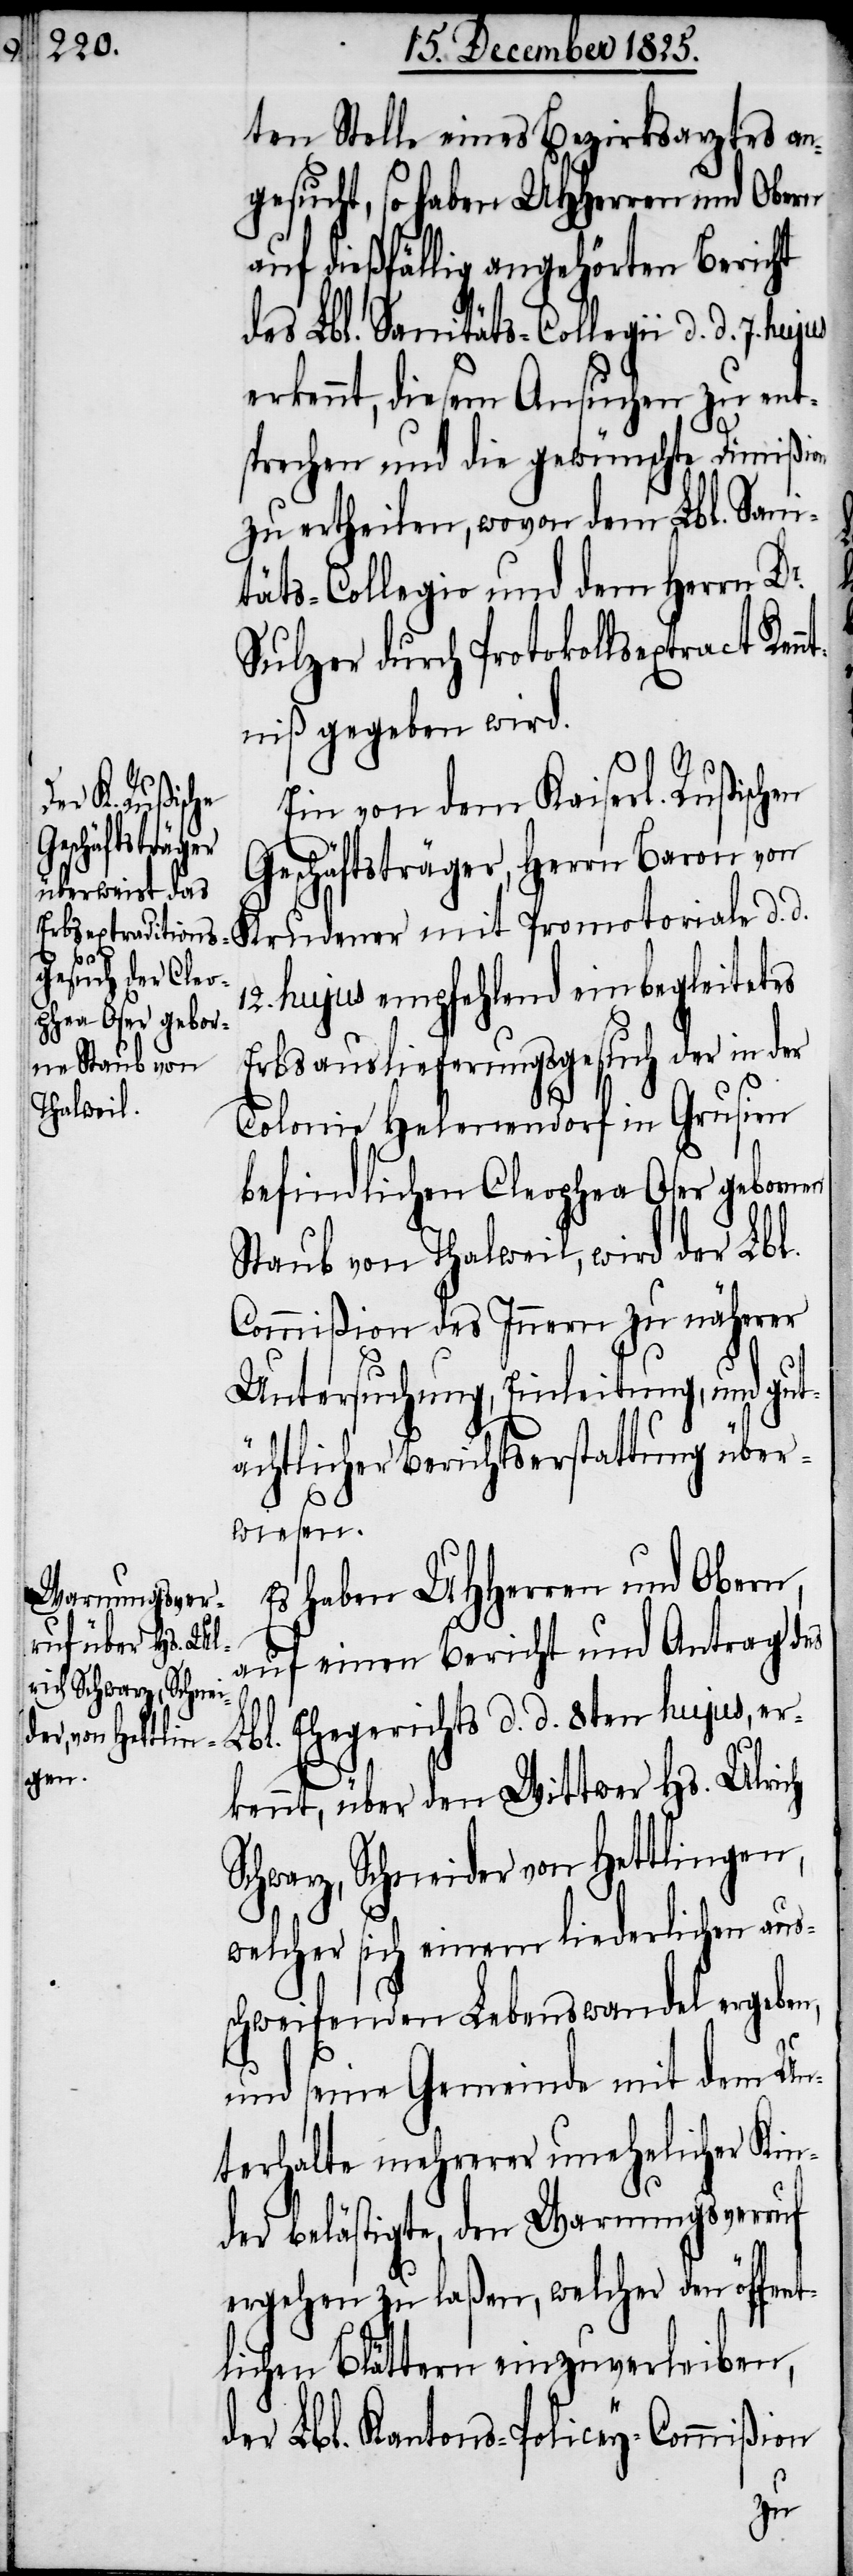
ten Stelle eines Bezirksarztes an¬
gesucht, so haben UHHerren und Obern
auf dießfällig angehörten Bericht
des Lbl. Sanitäts-Collegii d. d. 7.
erkennt, diesem Ansuchen zu ent¬
sprechen und die gewünschte Dimißion
zu ertheilen, wovon dem Lbl. Sani¬
täts-Collegio und dem Herrn Dr.
Sulzer durch Protokollsextract Ken¬
ntniß gegeben wird.
Ein von dem Kaiserl. Rußischen
Geschäftsträger, Herrn Baron von
S¬
d.
12. hujus empfehlend einbegleitetes
Erbsauslieferungsgesuch der in der
Colonie Helenendorf in Grusien
befindlichen Cleophea Oser gebornen
Staub von Thalweil, wird der Lbl.
Commißion des Innern zu näherer
Untersuchung, Einleitung, und gut¬
ächtlicher Berichtserstattung über¬
wiesen.
Es haben UHHerren und Obern,
auf einen Bericht und Antrag d¬
es Lbl. Ehegerichts d. d. 8ten hujus, er¬
kennt, über den Wittwer Hs. Ulrich
chwarz, Schneider von Hettlingen,
welcher sich einem liederlichen aus¬
schweifenden Lebenswandel ergeben,
und seine Gemeinde mit dem Un¬
terhalte mehrerer unehelicher Kin¬
der belästigte, den Warnungsverruf
ergehen zu laßen, welcher den öffent¬
lichen Blättern einzuverleiben,
der Lbl. Kantons-Policey-Commißion